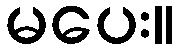
မပေး။